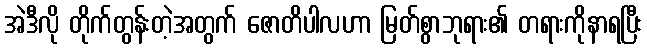
အဲဒီလို တိုက်တွန်းတဲ့အတွက် ဇောတိပါလဟာ မြတ်စွာဘုရား၏ တရားကိုနာရပြီး